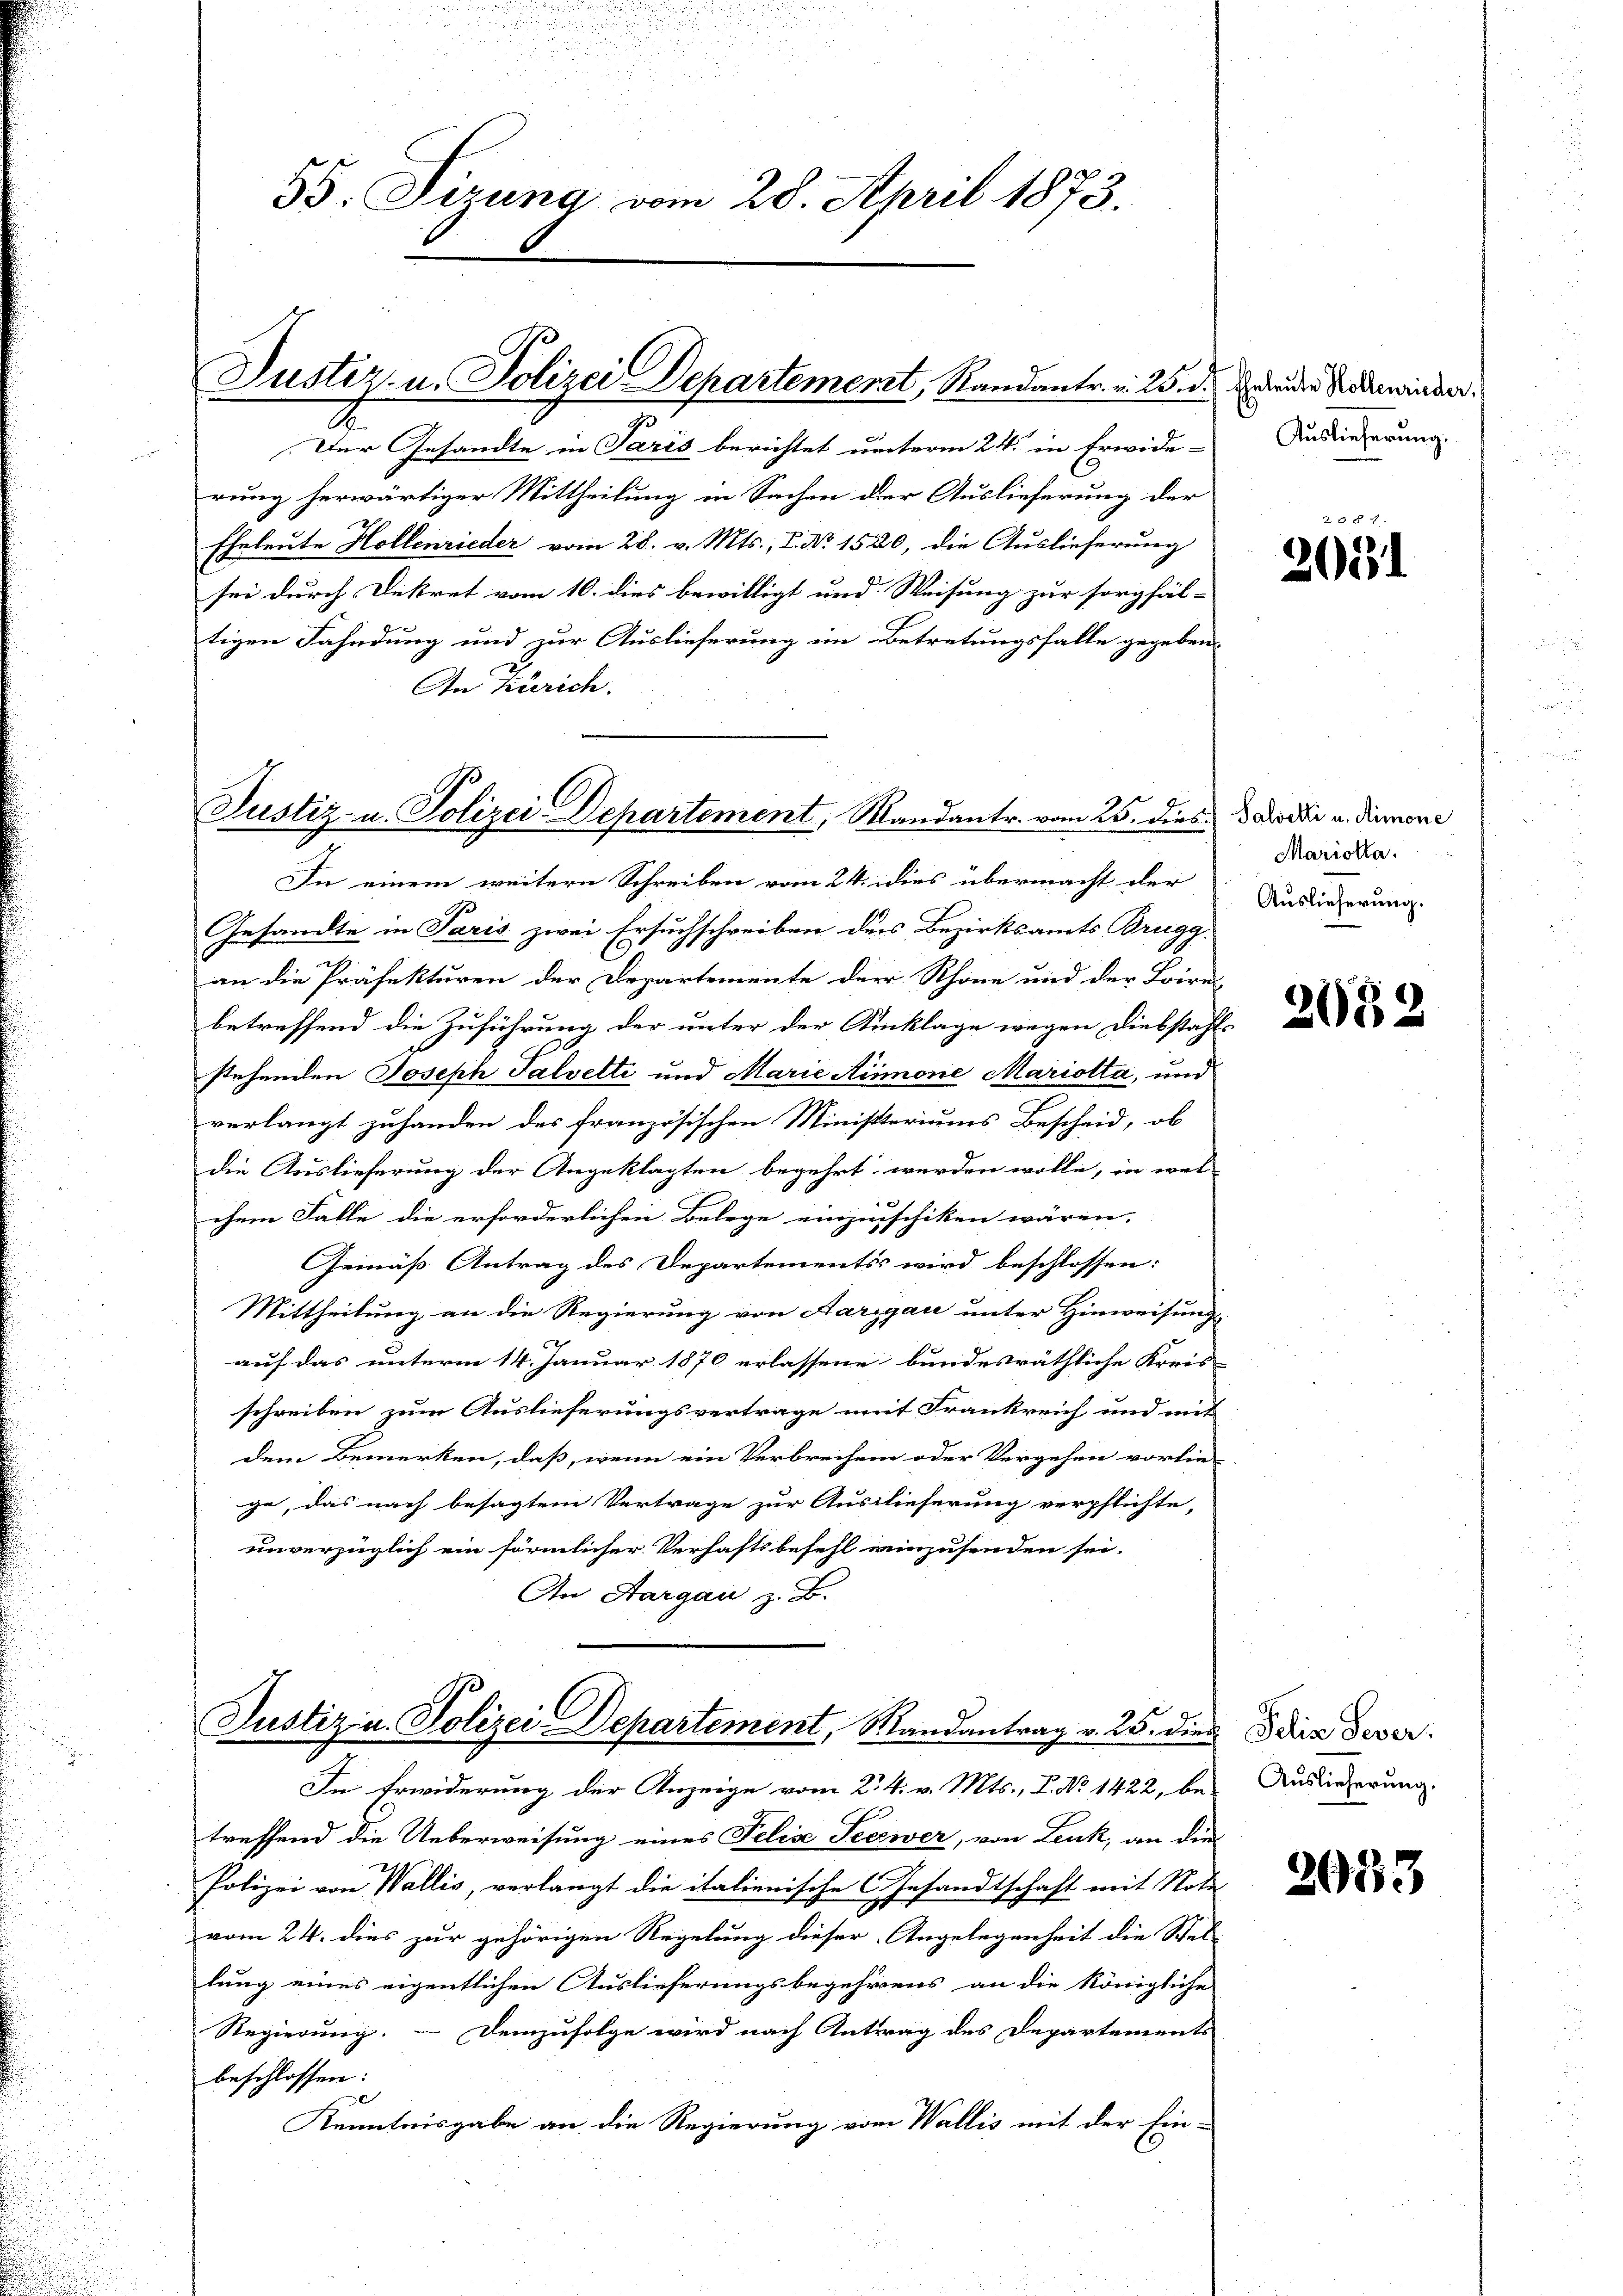
55. Firung vom 28. April 1873.

Justiz- u. Polizei Departement, Randantr. v. 25. d. Jede Rodenwinder.
o
2

Justiz- u. Polizei-Departement, Mandantr. vom 25. dies dato dir u. dienen

Justiz u. Polizei-Departement, Mandantrag v. 25. dies da dever

Der Gesandte in Paris berichtet unterm 24. in Erwide-
rung herwärtiger Mittheilung in Sachen der Auslieferung der
Eheleute Hollenrieder vom 28. v. Mts., V. No 1520, die Auslieferung
sei durch Dekret vom 10. dies bewilligt und Weisung zur sorgfäl-
tigen Fahndung und zur Auslieferung im Betretungsfalle gegeben
An Zürich.

Auslieferung.

In einem weitern Schreiben vom 24. dies übermacht der
e
Gesandte in Paris zwei Ersuchschreiben der Bezirksamts Brugg
an die Präfekturen der Departemente der Schöne und der Loire
betreffend die Zuführung der unter der Einklage wegen Diebstahls
stehenden Joseph Talvelti und Marie Simone Mariolta, und
verlangt zuhanden des französischen Ministeriums Bescheid, ob
die Auslieferung der Angeklagten begehrt werden wolle, in wel
chem Falle die erforderlichen Belege einzuschiken wären.
Gemäß Antrag des Departements wird beschlossen:
Mittheilung an die Regierung von Aargau unter Hinweisung
auf das unterm 14. Januar 1870 erlassene bundesräthliche Kreis-
schreiben zum Auslieferungsvertrage mit Frankreich und mit
dem Bemerken, daß, wenn ein Verbrechen oder Vergehen vorliege, das nach besagtem Vertrage zur Auslieferung verpflichte,
unverzüglich ein förmlicher Verhaftsbefehl einzusenden sei.
An Aargau z. B.

In Erwiderung der Anzeige vom 2. 4. v. Mts., L. No 1422, bei Auslieferung
treffend die Ueberweisung eines Felixe Seewer, von Lenk, an die
Polizei von Wallis, verlangt die italienische Gesandtschaft mit Nota
vom 24. dies zur gehörigen Regelung dieser Angelegenheit die Stel-
lung eines eigentlichen Auslieferungsbegehrens an die königliche
Regierung. – Demzufolge wird nach Antrag des Departements
beschlossen:
Kenntnisgabe an die Regierung vom Wallis mit der Ein-

2031

Mariola.
Auslieferung.

2082

2033